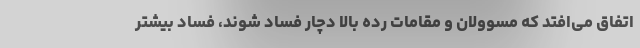
اتفاق می‌افتد که مسوولان و مقامات رده بالا دچار فساد شوند، فساد بیشتر